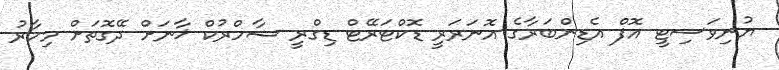
ޔުނިވަސިޓީ އޮފް އެޑިންބަރާގެ އޮނަރަރީ ޑޮކްޓަރޭޓް ޑިގްރީ ޝާހްރުކް ޚާނަށް ދޭގޮތަށް މިހާރު